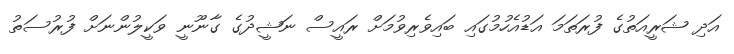
އަދި ޝަރީއަތުގެ ފުރަތަމަ އަޑުއެހުމުގައި ބައިވެރިވުމަށް ރައީސް ނަޝީދުގެ ގާނޫނީ ވަކީލުންނަށް ފުރުސަތު